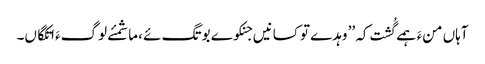
آہاں منءَ ہمے گُشت کہ ’’ وہدے تو کسانیں جنکوے بوتگ ئے ،ما شمئے لوگءَ اتکگاں۔